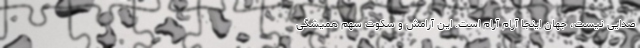
صدایی نیست، جهان اینجا آرام آرام است. این آرامش و سکوت سهم همیشگی